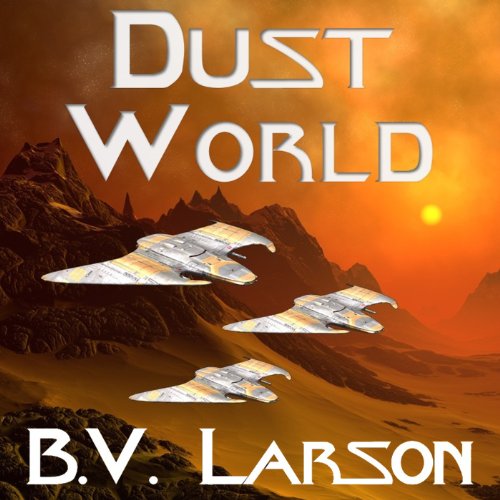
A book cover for Dust World: Undying Mercenaries, Book 2; B. V. Larson; Mystery, Thriller & Suspense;